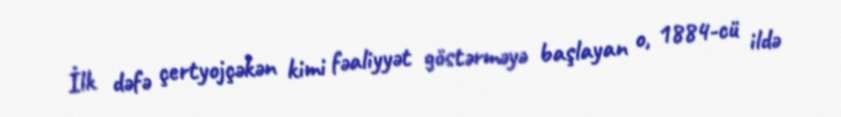
İlk dəfə çertyojçəkən kimi fəaliyyət göstərməyə başlayan o, 1884-cü ildə